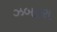
ઝબકરા